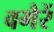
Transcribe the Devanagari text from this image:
वगैरें